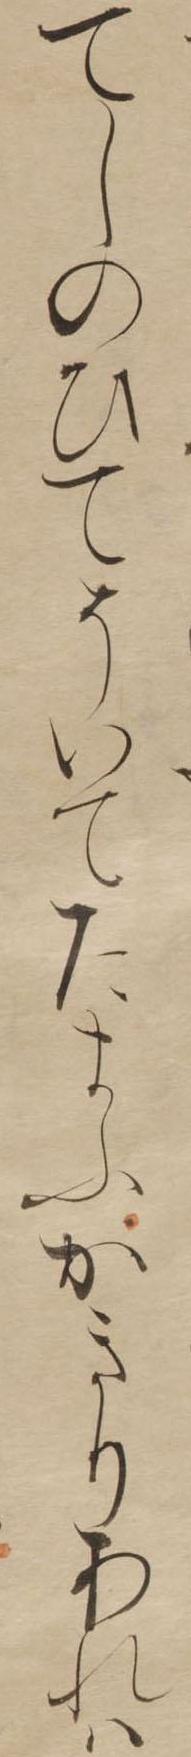
てしのひてそいてたまふかきりあれは